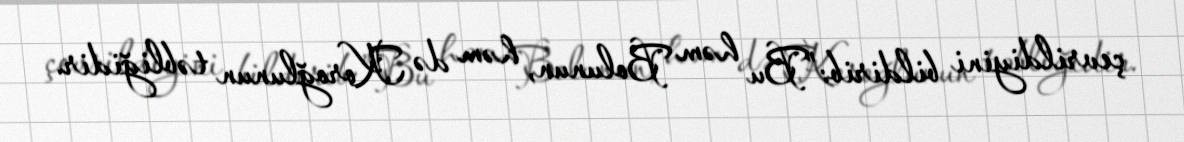
çevrildiyini bildirib:”Bu həm Bolunun, həm də Koroğlunun təbliğidir.